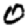
Digit: 0